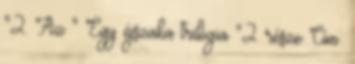
"2. Az " Egy éjszaka trilógia "2. része Cím: